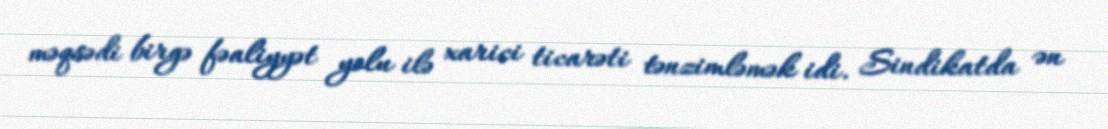
məqsədi birgə fəaliyyət yolu ilə xarici ticarəti tənzimləmək idi. Sindikatda ən